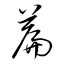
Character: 篇